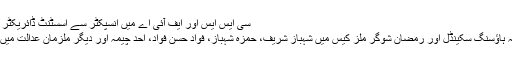
سی ایس ایس اور ایف آئی اے میں انسپکٹر سے اسسٹنٹ ڈائریکٹر مزید پڑھیں
لاہور: آشیانہ ہاؤسنگ سکینڈل اور رمضان شوگر ملز کیس میں شہباز شریف، حمزہ شہباز، فواد حسن فواد، احد چیمہ اور دیگر ملزمان عدالت میں پیش ہوئے۔